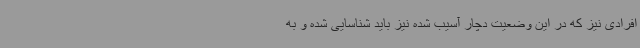
افرادی نیز که در این وضعیت دچار آسیب شده نیز باید شناسایی شده و به